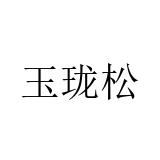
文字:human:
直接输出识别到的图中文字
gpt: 玉珑松